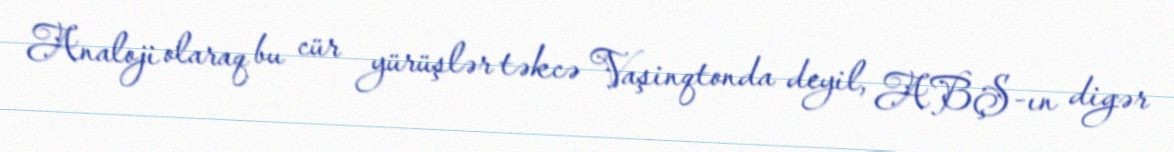
Analoji olaraq bu cür yürüşlər təkcə Vaşinqtonda deyil, ABŞ-ın digər